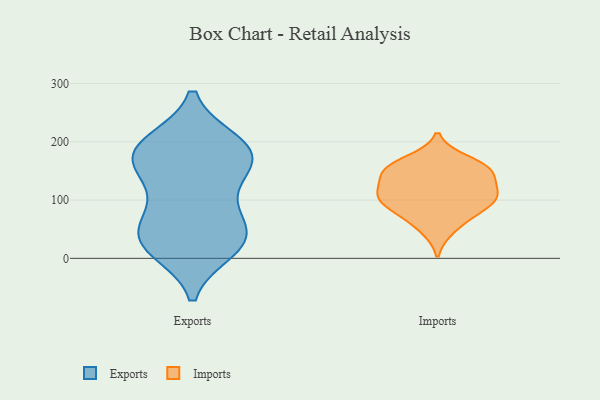
{"axis": {"x": "Satisfaction Score", "y": "Value"}, "legend": ["Exports", "Imports"], "data": [{"x": "", "y": 199, "type": "Exports"}, {"x": "", "y": 44, "type": "Exports"}, {"x": "", "y": 146, "type": "Exports"}, {"x": "", "y": 187, "type": "Exports"}, {"x": "", "y": 163, "type": "Exports"}, {"x": "", "y": 86, "type": "Exports"}, {"x": "", "y": 190, "type": "Exports"}, {"x": "", "y": 198, "type": "Exports"}, {"x": "", "y": 90, "type": "Exports"}, {"x": "", "y": 20, "type": "Exports"}, {"x": "", "y": 31, "type": "Exports"}, {"x": "", "y": 165, "type": "Exports"}, {"x": "", "y": 15, "type": "Exports"}, {"x": "", "y": 46, "type": "Exports"}, {"x": "", "y": 29, "type": "Exports"}, {"x": "", "y": 161, "type": "Exports"}, {"x": "", "y": 158, "type": "Imports"}, {"x": "", "y": 49, "type": "Imports"}, {"x": "", "y": 123, "type": "Imports"}, {"x": "", "y": 102, "type": "Imports"}, {"x": "", "y": 148, "type": "Imports"}, {"x": "", "y": 73, "type": "Imports"}, {"x": "", "y": 147, "type": "Imports"}, {"x": "", "y": 151, "type": "Imports"}, {"x": "", "y": 169, "type": "Imports"}, {"x": "", "y": 111, "type": "Imports"}, {"x": "", "y": 108, "type": "Imports"}, {"x": "", "y": 84, "type": "Imports"}, {"x": "", "y": 100, "type": "Imports"}]}